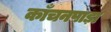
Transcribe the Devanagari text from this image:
काँचनपाड़ा